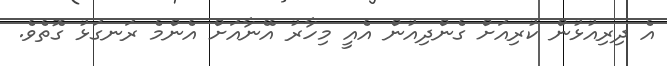
އެ ދިރިއުޅުން ކުރިއަށް ގެންދިއުން އެއީ މިހާރު އޭނާއަށް އެންމެ ރަނގަޅު ގޮތެވެ.